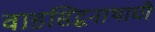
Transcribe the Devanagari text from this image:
वाडसिद्धनाथाची